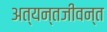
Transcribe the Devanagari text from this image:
अत्यन्तजीवन्त